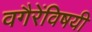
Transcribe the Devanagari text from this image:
वगैरेंविषयी